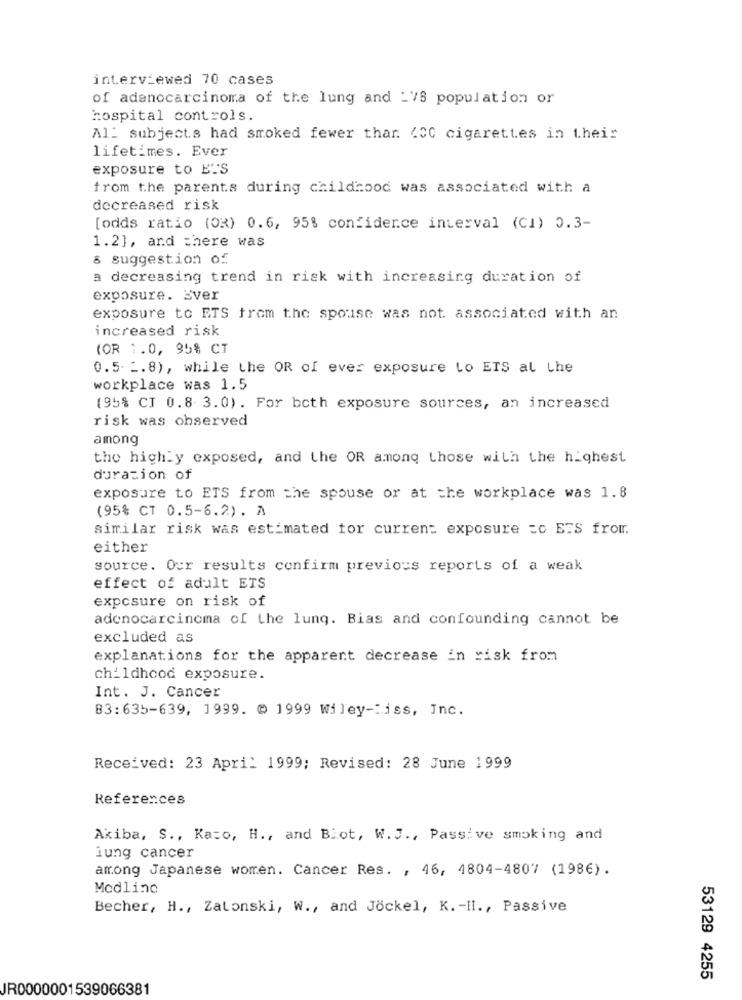
interviewed 70 cases
of adenocarcinoma of the lung and -'S population or
hospital controls.
All subjects had smoked fewer thar. 400 cigarettes in their
lifetimes. Ever
exposure to E'S
from the parents during childhood was associated with a
decreased risk
[odds ratio (O3) 0.6, 95% confidence interval (CI) 0.3-
1.2], and there was
& suggestion of
a decreasing trend in risk with increasing duration of
exposure. Ever
exposure to ETS from the spouse was not associated with an
increased risk
(OR 1.0, 95% CT
0.5. 2.8), while the OR of ever exposure Lo ETS al the
workplace was 1.5
(95% CI 0.8 3.0). For both exposure sources, an increased
risk was observed
among
the highly exposed, and the OR among those with the highest
duration of
exposure to ETS from the spouse or at the workplace was 1.8
(95% CT 0.5-6.2) . A
similar risk was estimated for current exposure =c EES from.
either
source. Our results confirm previous reports of a weak
effect of adult ETS
exposure on risk of
adenocarcinoma of the lung. Bias and confounding cannot be
excluded as
explanations for the apparent decrease in risk from
childhood exposure.
Int. J. Cancer
83:635-639, 1999. @ 1999 Wiley-"iss, Inc.
Received: 23 April 1999; Revised: 28 June 1999
References
Akiba, S ., Kazo, H ., and Blot, W. J ., Passive smoking and
lung cancer
among Japanese women. Cancer Res. , 46, 4804-4807 (1986).
Medline
Becher, H ., Zatonski, W ., and Jockel, K. - II ., Passive
53129 4255
JR0000001539066381